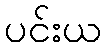
ပင်းယ